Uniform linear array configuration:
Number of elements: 24
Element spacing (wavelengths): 0.75
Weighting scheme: exponential
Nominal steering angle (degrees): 0
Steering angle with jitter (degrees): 0.6394
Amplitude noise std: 0.05
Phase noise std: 0.05

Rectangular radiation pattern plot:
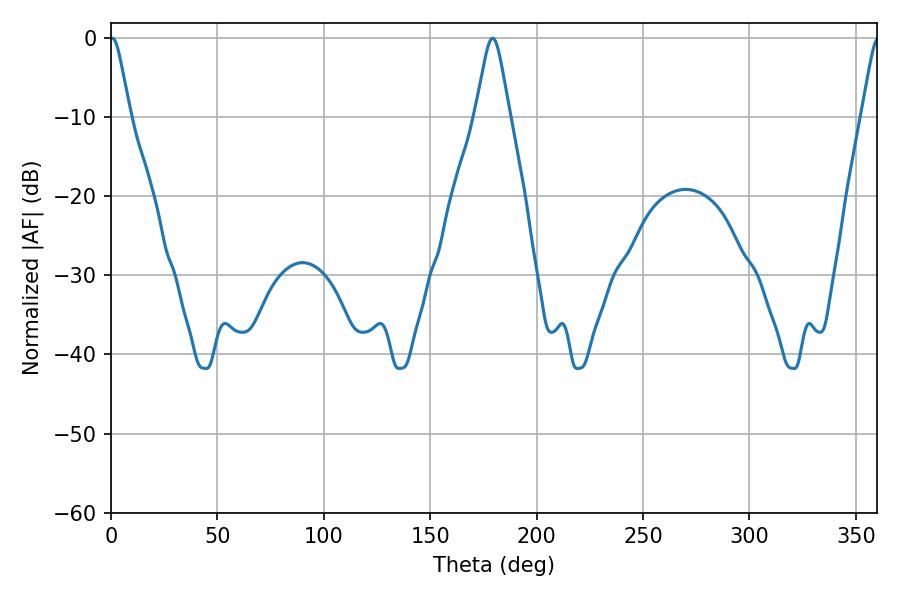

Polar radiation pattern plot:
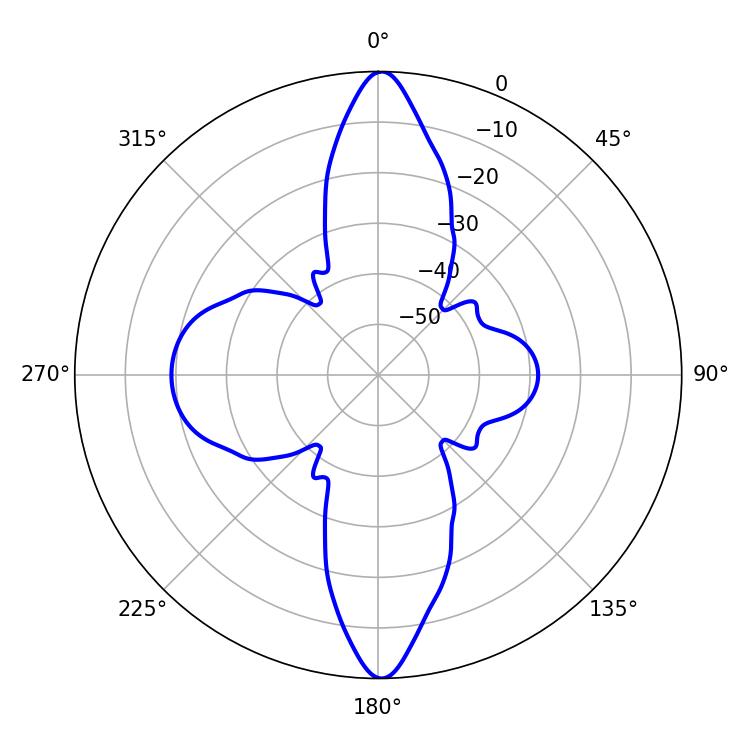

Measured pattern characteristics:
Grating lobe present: TRUE
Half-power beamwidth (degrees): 4.5
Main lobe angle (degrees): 0.72